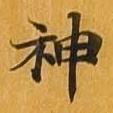
神